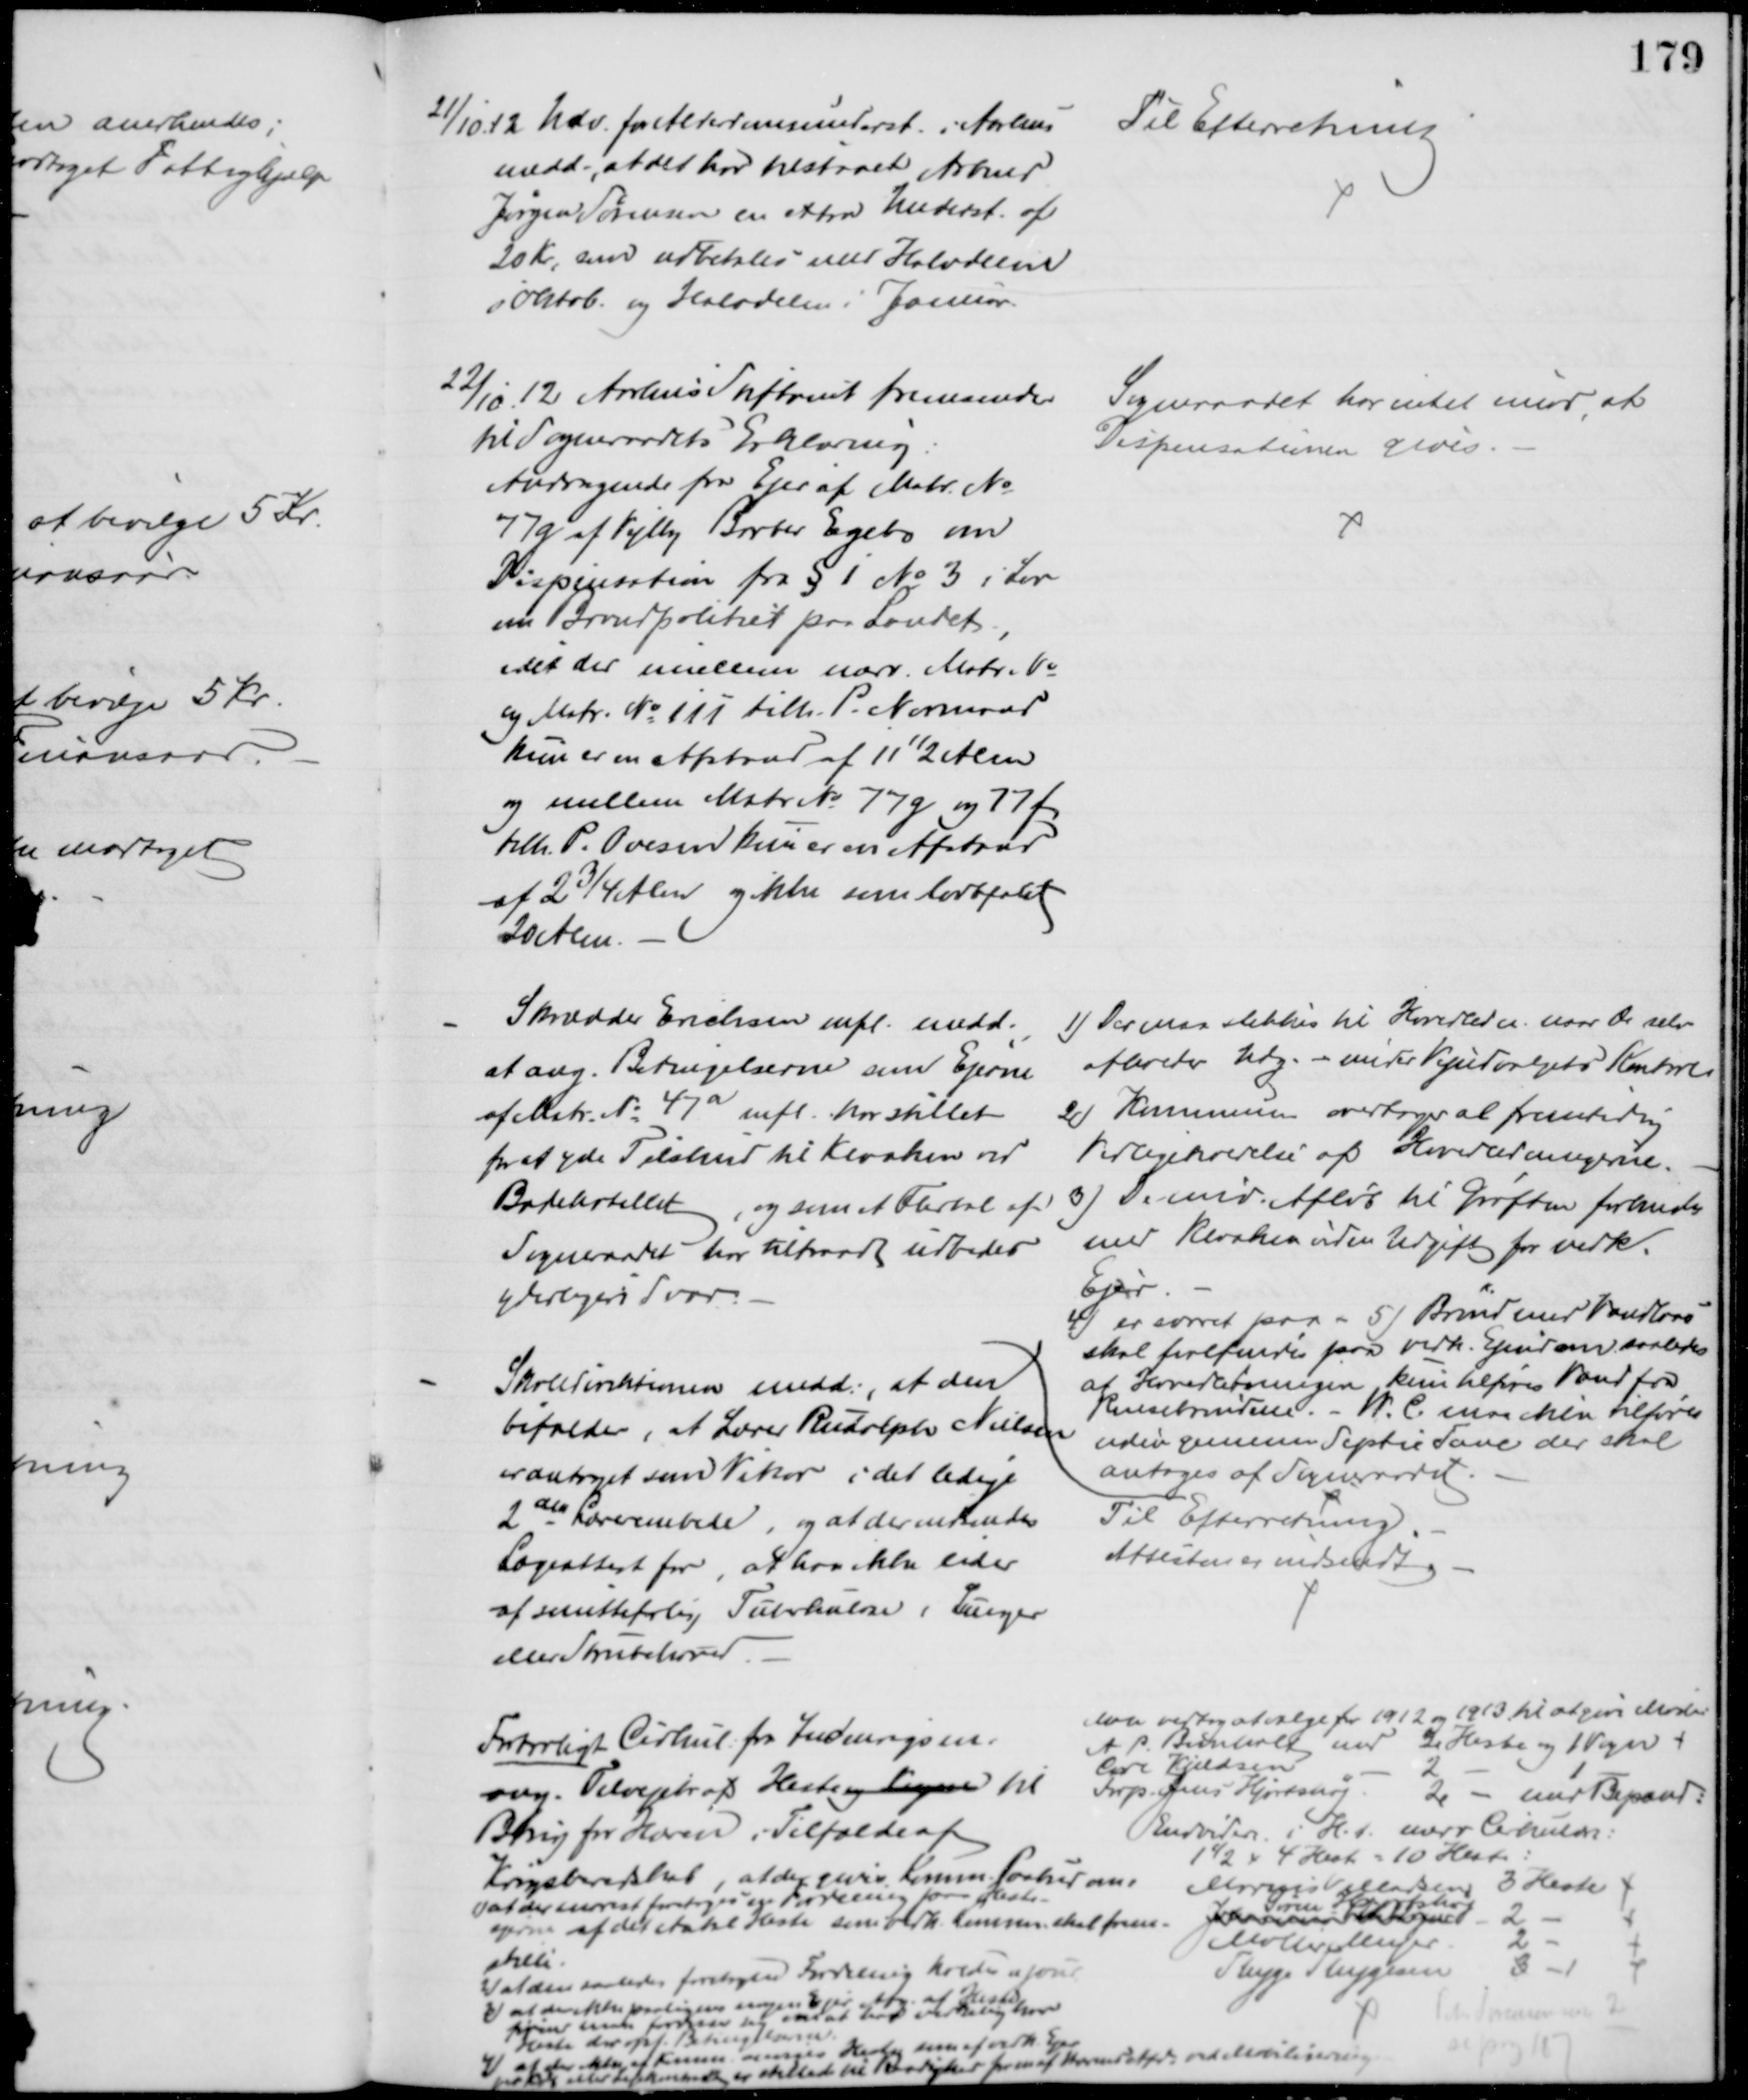
Transskription:
21/10 12 Udv. for Alderdomsunderst. i Aarhus
medd., at det har tilstaaet Arbmd
Jørgen Sørensen en extra Underst. af
20 Kr, som udbetales med Halvdelen
i Oktob og Halvdelen i Januar
Til Efterretning
22/10 12 Aarhus Stiftamt fremsender
til Sogneraadets Erklæring:
Andragende fra Ejer af Matr. №
77g af Vejlby Barber Egebo om
Dispensation fra § 1 № 3 i Lov
om Brandpolitiet paa Landet
idet der imellem nærv. Matr. №
og Matr. № 11i tilh. P. Normand
kun er en Afstand af 11½  Alen
og mellem Matr. № 77g og 77 f,
tilh. P. Ovesen kun er en Afstand
af 2¾ Alen og ikke som lovbefalet
20 Alen.
Sogneraadet har intet imod, at
Dispensationen gives.
Skrædder Erichsen mfl. medd.
at ang. Betingelserne som Ejerne
af Matr. № 47a mfl. har stillet
for at yde Tilskud til Kloaken ved
Badehotellet, - og som et Flertal af
Sogneraadet har tiltraadt udbedes
yderligere Svar.
1) Der maa stikkes til Hovedleder naar de selv 
afholder Udg. - under Vejudvalgets Kontrol
2) Kommunen overtager al fremtidig
Vedligeholdelse af Hovedledningerne.
3) De nuv. Afløb til Grøften forbindes
med Kloaken uden Udgift for vedk.
Ejer.
4) er svaret paa - 5) Brønd med Vandlaas
skal forefindes paa vedk. Ejendom saaledes
at Hovedledningen kun tilføres Vand fra
Rensebrønden. - W. C. maa ikke tilføres 
uden gennem Septic Tanc der skal
antages af Sogneraadet.
Skoledirektionen medd., at den
bifalder, at Lærer Rudolph Nielsen
er antaget som Vikar i det ledige
2den Lærerembede, og at der indsendes
Lægeattest for, at han ikke lider
af smittefarlig Tuberkulose i Lunger
eller Strubehoved.
Til Efterretning
Attesten er indsendt.
Fortroligt Cirkul. fra Indenrigsm.
ang Tilvejebr af  Heste og Vogne til
Brug for Hæren i Tilfælde af
Krigsberedskab, at der gives Komm. Paabud om
1) at der snarest foretages en Fordeling paa Heste-
ejerne af det Antal Heste som vedk. Komm. skal frem-
stille.
2) at den saaledes foretagne Fordeling holdes ajour
3) at der ikke paalignes nogen Ejer  af Heste
førend man forvisser sig om at han virkelig har
Heste der opf. Betingelserne.
4) 
at der ikke af Komm. anvises Heste som af vedk. Ejer
 eller   er stillet til Raadighed for en af Komm. før ved Mobilisering 
Man vedtog at vælge for 1912 og 1913 til at give Møde
A. P. Bomholt med 2 Heste og 1 Vogn
Carl Kjeldsen
2
1
Forp. Jens Hjortshøj
2 - med Bespand:
Endvidere i H.t. nærv Cirkulære:
1½ x 4 Heste = 10 Heste:
Marius Villadsen 3 Heste
Johannes Pihlkjær
Søren Hjortshøj
2
Møller Meyer
2
Thyge Thygesen
3
1
Peter Sørensen med 2
se pag 187